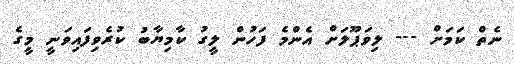
ނެތް ކަމަށް --- ލިވަޕޫލަށް އެންމެ ފަހުން ލީގު ކާމިޔާބު ކުރެވިފައިވަނީ މީގެ